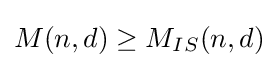
M(n,d)\geq M_{IS}(n,d)